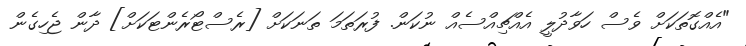
"އެއްގޮތަކަށް ވެސް ހަވާދުލީ އެއްޗިއްސެއް ނުކަން. ފުރަތަމަ ތަނަކަށް [ރެސްޓޯރެންޓަކަށް] ދާން ޖެހިގެން